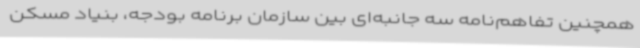
همچنین تفاهم‌نامه‌ سه جانبه‌ای بین سازمان برنامه بودجه، بنیاد مسکن